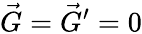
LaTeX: \vec{G}=\vec{G}^{\prime}=0